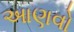
આણવો